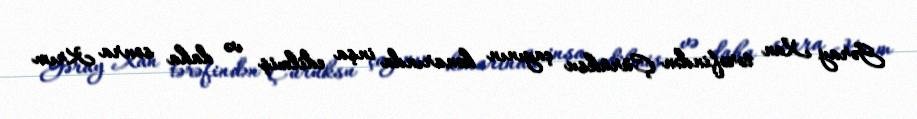
Gəray Xan tərəfindən Çürüksu çayının kənarında inşa edilmiş və daha sonra Krım